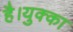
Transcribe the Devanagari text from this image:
है।युक्का